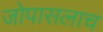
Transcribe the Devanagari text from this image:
जोपासलाच